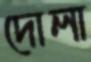
দোলা